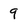
Character: 9